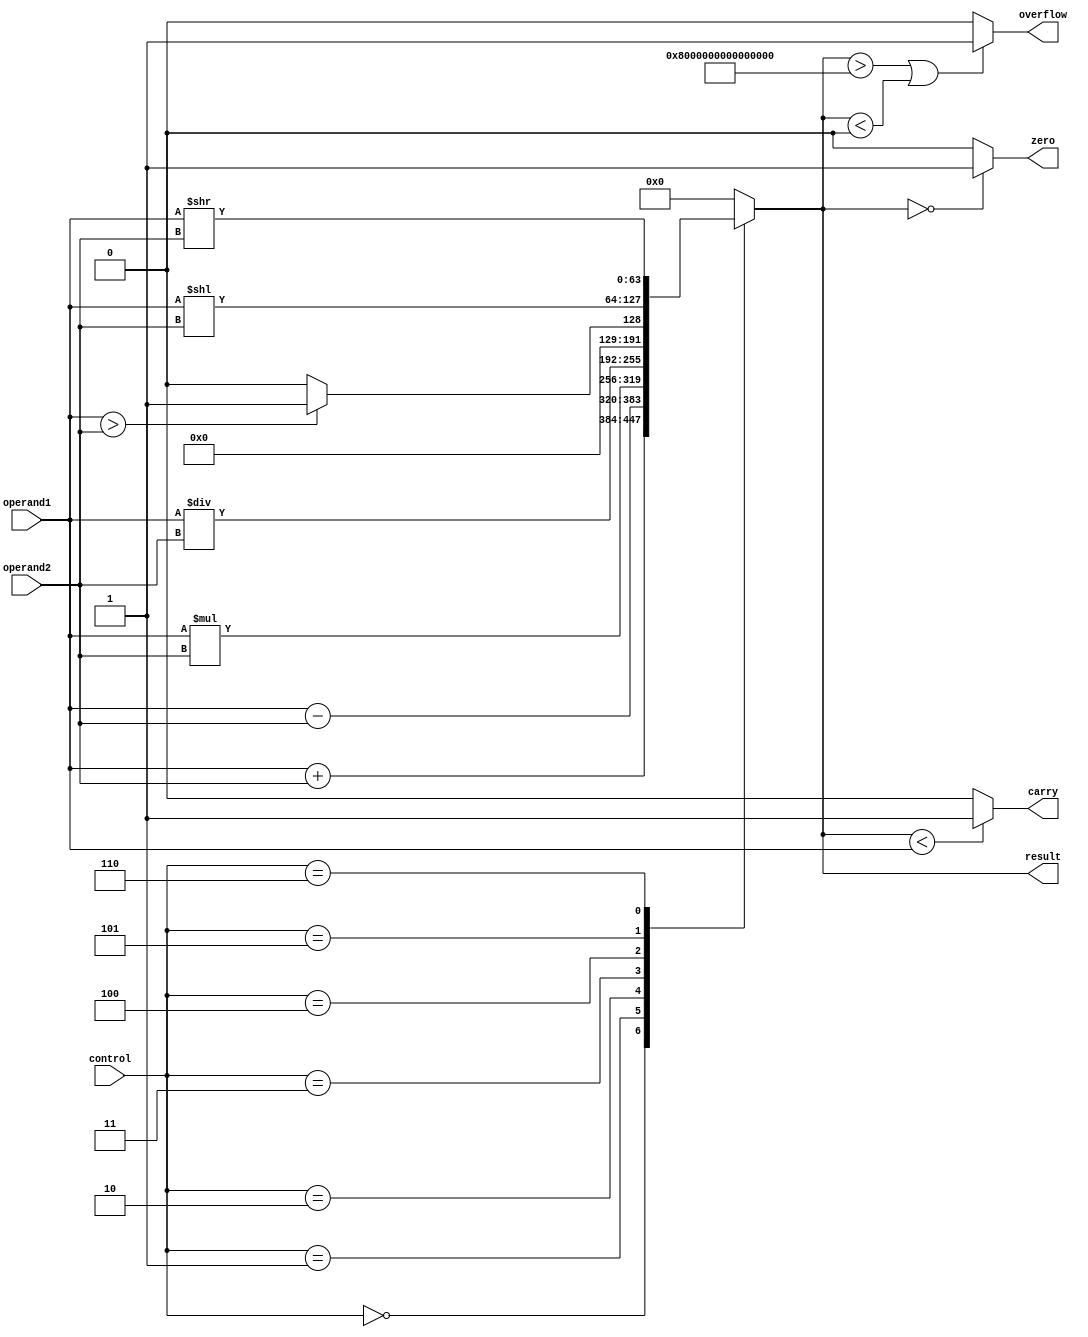
module ALU(input [63:0] operand1, input [63:0] operand2, input [2:0] control,
            output reg [63:0] result, output reg carry, output reg overflow, output reg zero);

    always @(*)
    begin
        case(control)
            3'b000: result = operand1 + operand2; // Adder
            3'b001: result = operand1 - operand2; // Subtractor
            3'b010: result = operand1 * operand2; // Multiplier
            3'b011: result = operand1 / operand2; // Divider
            3'b100: result = (operand1 > operand2) ? 1 : 0; // Comparator
            3'b101: result = operand1 << operand2; // Shift left
            3'b110: result = operand1 >> operand2; // Shift right
            default: result = 64'b0; // Default to 0
        endcase
        
        carry = (result < operand1) ? 1 : 0; // Set carry flag
        overflow = (result > 2**63-1 || result < 0) ? 1 : 0; // Set overflow flag
        zero = (result == 64'b0) ? 1 : 0; // Set zero flag
    end
    
endmodule